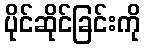
ပိုင်ဆိုင်ခြင်းကို